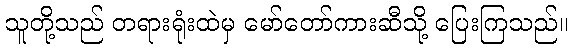
သူတို့သည် တရားရုံးထဲမှ မော်တော်ကားဆီသို့ ပြေးကြသည်။